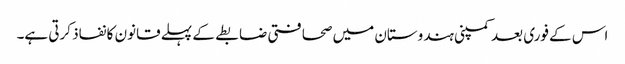
اس کے فوری بعد کمپنی ہندوستان میں صحافتی ضابطے کے پہلے قانون کا نفاذ کرتی ہے۔